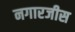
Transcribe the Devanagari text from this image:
नगारजीस